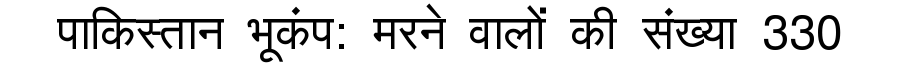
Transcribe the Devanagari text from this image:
पाकिस्तान भूकंप: मरने वालों की संख्या 330